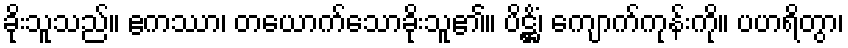
ခိုးသူသည်။ ဧကဿာ၊ တယောက်သောခိုးသူ၏။ ပိဋ္ဌိံ၊ ကျောက်ကုန်းကို။ ပဟရိတွာ၊